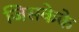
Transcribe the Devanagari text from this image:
जिसकेके